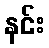
နင်း